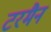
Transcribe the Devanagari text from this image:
टरमैन